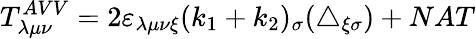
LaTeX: T_{\lambda\mu\nu}^{AVV}=2\varepsilon_{\lambda\mu\nu\xi}(k_{1}+k_{2})_{\sigma}(\triangle_{\xi\sigma})+NAT